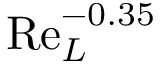
\mathrm { R e } _ { L } ^ { - 0 . 3 5 }